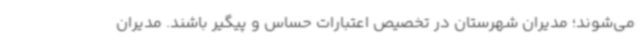
می‌شوند؛ مدیران شهرستان در تخصیص اعتبارات حساس و پیگیر باشند. مدیران